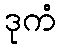
ဒုကံ